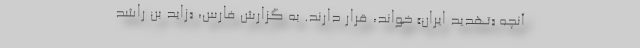
آنچه «تهدید ایران» خواند، قرار دارند. به گزارش فارس، «زاید بن راشد